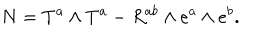
LaTeX: N = T ^ { a } \wedge T ^ { a } - R ^ { a b } \wedge e ^ { a } \wedge e ^ { b } .